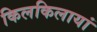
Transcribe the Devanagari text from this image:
किलकिलायां